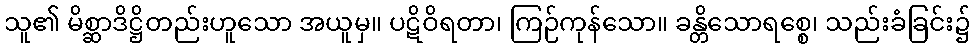
သူ၏ မိစ္ဆာဒိဋ္ဌိတည်းဟူသော အယူမှ။ ပဋိဝိရတာ၊ ကြဉ်ကုန်သော။ ခန္တိသောရစ္စေ၊ သည်းခံခြင်း၌